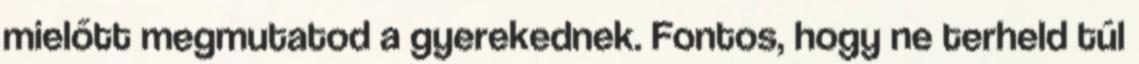
mielőtt megmutatod a gyerekednek. Fontos, hogy ne terheld túl